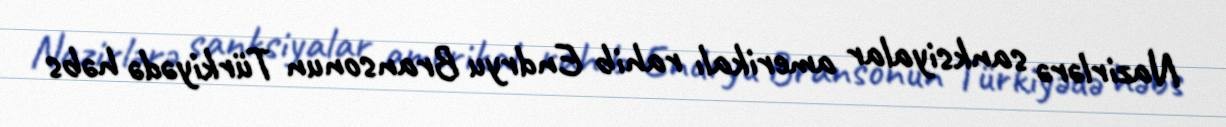
Nazirlərə sanksiyalar amerikalı rahib Endryu Bransonun Türkiyədə həbs